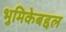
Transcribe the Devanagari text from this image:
भुमिकेबद्दल